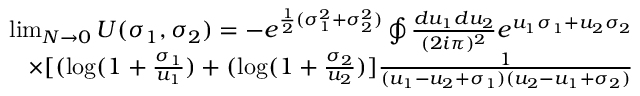
\begin{array} { r l r } & { } & { \operatorname* { l i m } _ { N \to 0 } U ( \sigma _ { 1 } , \sigma _ { 2 } ) = - e ^ { \frac { 1 } { 2 } ( \sigma _ { 1 } ^ { 2 } + \sigma _ { 2 } ^ { 2 } ) } \oint \frac { d u _ { 1 } d u _ { 2 } } { ( 2 i \pi ) ^ { 2 } } e ^ { u _ { 1 } \sigma _ { 1 } + u _ { 2 } \sigma _ { 2 } } } \\ & { } & { \times [ ( \mathrm { l o g } ( 1 + \frac { \sigma _ { 1 } } { u _ { 1 } } ) + ( \mathrm { l o g } ( 1 + \frac { \sigma _ { 2 } } { u _ { 2 } } ) ] \frac { 1 } { ( u _ { 1 } - u _ { 2 } + \sigma _ { 1 } ) ( u _ { 2 } - u _ { 1 } + \sigma _ { 2 } ) } } \end{array}